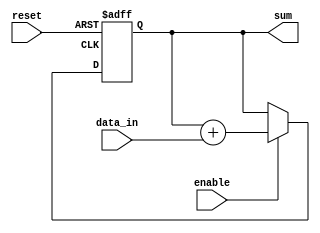
module fixed_point_accumulator(
  input signed [15:0] data_in,
  input wire reset,
  input wire enable,
  output reg signed [31:0] sum
);

reg signed [31:0] accumulator;

always @ (posedge clk or posedge reset) begin
  if (reset) begin
    accumulator <= 0;
  end else if (enable) begin
    accumulator <= accumulator + data_in;
  end
end

assign sum = accumulator;

endmodule